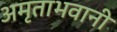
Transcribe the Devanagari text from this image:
अमृताभवानी